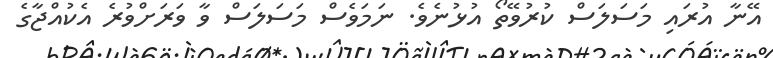
އޭނާ އުރައި މަސަލަސް ކުރުވޭތޯ އުޅުނެވެ. ނަމަވެސް މަސަލަސް ވާ ވަރަށްވުރެ އެކުއްޖާގެ